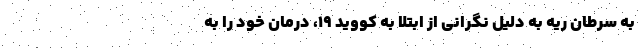
به سرطان ریه به دلیل نگرانی از ابتلا به کووید ۱۹، درمان خود را به